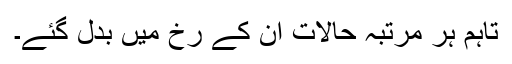
تاہم ہر مرتبہ حالات ان کے رخ میں بدل گئے۔